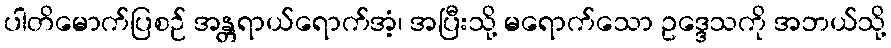
ပါတိမောက်ပြစဉ် အန္တရာယ်ရောက်အံ့၊ အပြီးသို့ မရောက်သော ဥဒ္ဒေသကို အဘယ်သို့